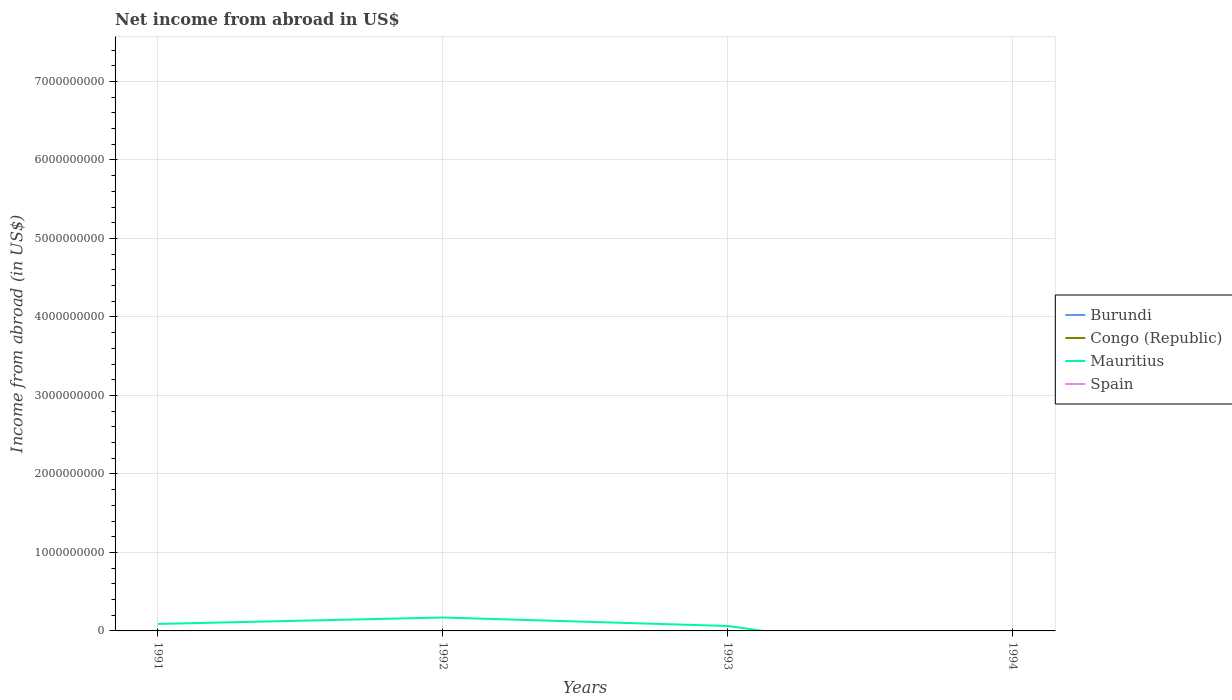
| Years | Burundi | Congo (Republic) | Mauritius | Spain |
 | --- | --- | --- | --- | --- |
 | 1991 | -2.04e+09 | -1.26e+11 | 8.9e+07 | -2.33e+09 |
 | 1992 | -2.84e+09 | -1e+11 | 1.71e+08 | -3.02e+09 |
 | 1993 | -2.38e+09 | -1.48e+11 | 6.3e+07 | -8.85e+08 |
 | 1994 | -2.87e+09 | -1.42e+11 | -4.43e+08 | -8.79e+09 |